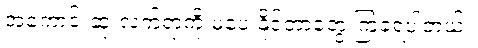
အကောင်းဆုံးလက်ရာကို မပေးနိုင်တာတွေ ကြုံခဲ့ရပါတယ်။